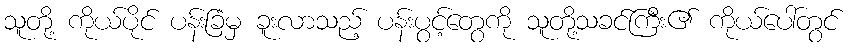
သူတို့ ကိုယ်ပိုင် ပန်းခြံမှ ခူးလာသည့် ပန်းပွင့်တွေကို သူတို့သခင်ကြီး၏ ကိုယ်ပေါ်တွင်